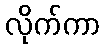
လိုက်ကာ